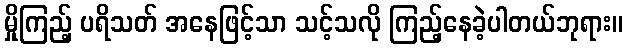
မှိုကြည့် ပရိသတ် အနေဖြင့်သာ သင့်သလို ကြည့်နေခဲ့ပါတယ်ဘုရား။